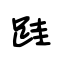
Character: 跬